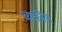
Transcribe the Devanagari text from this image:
व्‍यक्तीस